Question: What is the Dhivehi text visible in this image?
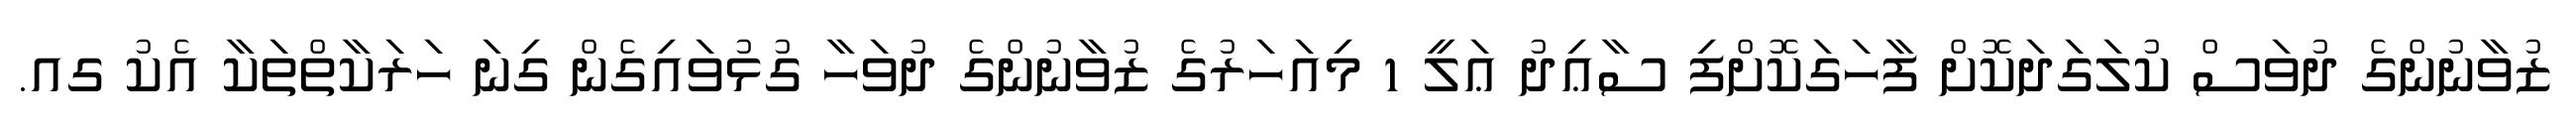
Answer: ޒުވާނުންގެ ދުވަސް ކުލަގަދަކޮށް ފާހަގަކޮށްފި ސާޢިދު ޢަލީ 1 މިއަހަރުގެ ޒުވާނުންގެ ދުވަހާ ގުޅުވައިގެން ގިނަ ހަރަކާތްތަކާ އެކު ގއ.